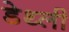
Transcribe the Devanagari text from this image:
डेथ्ली